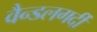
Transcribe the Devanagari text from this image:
वैन्डलगर्दी